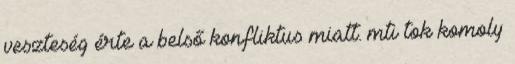
veszteség érte a belső konfliktus miatt. mti tok komoly